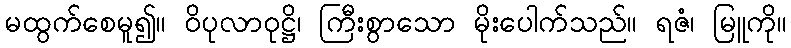
မထွက်စေမူ၍။ ဝိပုလာဝုဋ္ဌိ၊ ကြီးစွာသော မိုးပေါက်သည်။ ရဇံ၊ မြူကို။